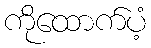
ကိုထောက်ပံ့